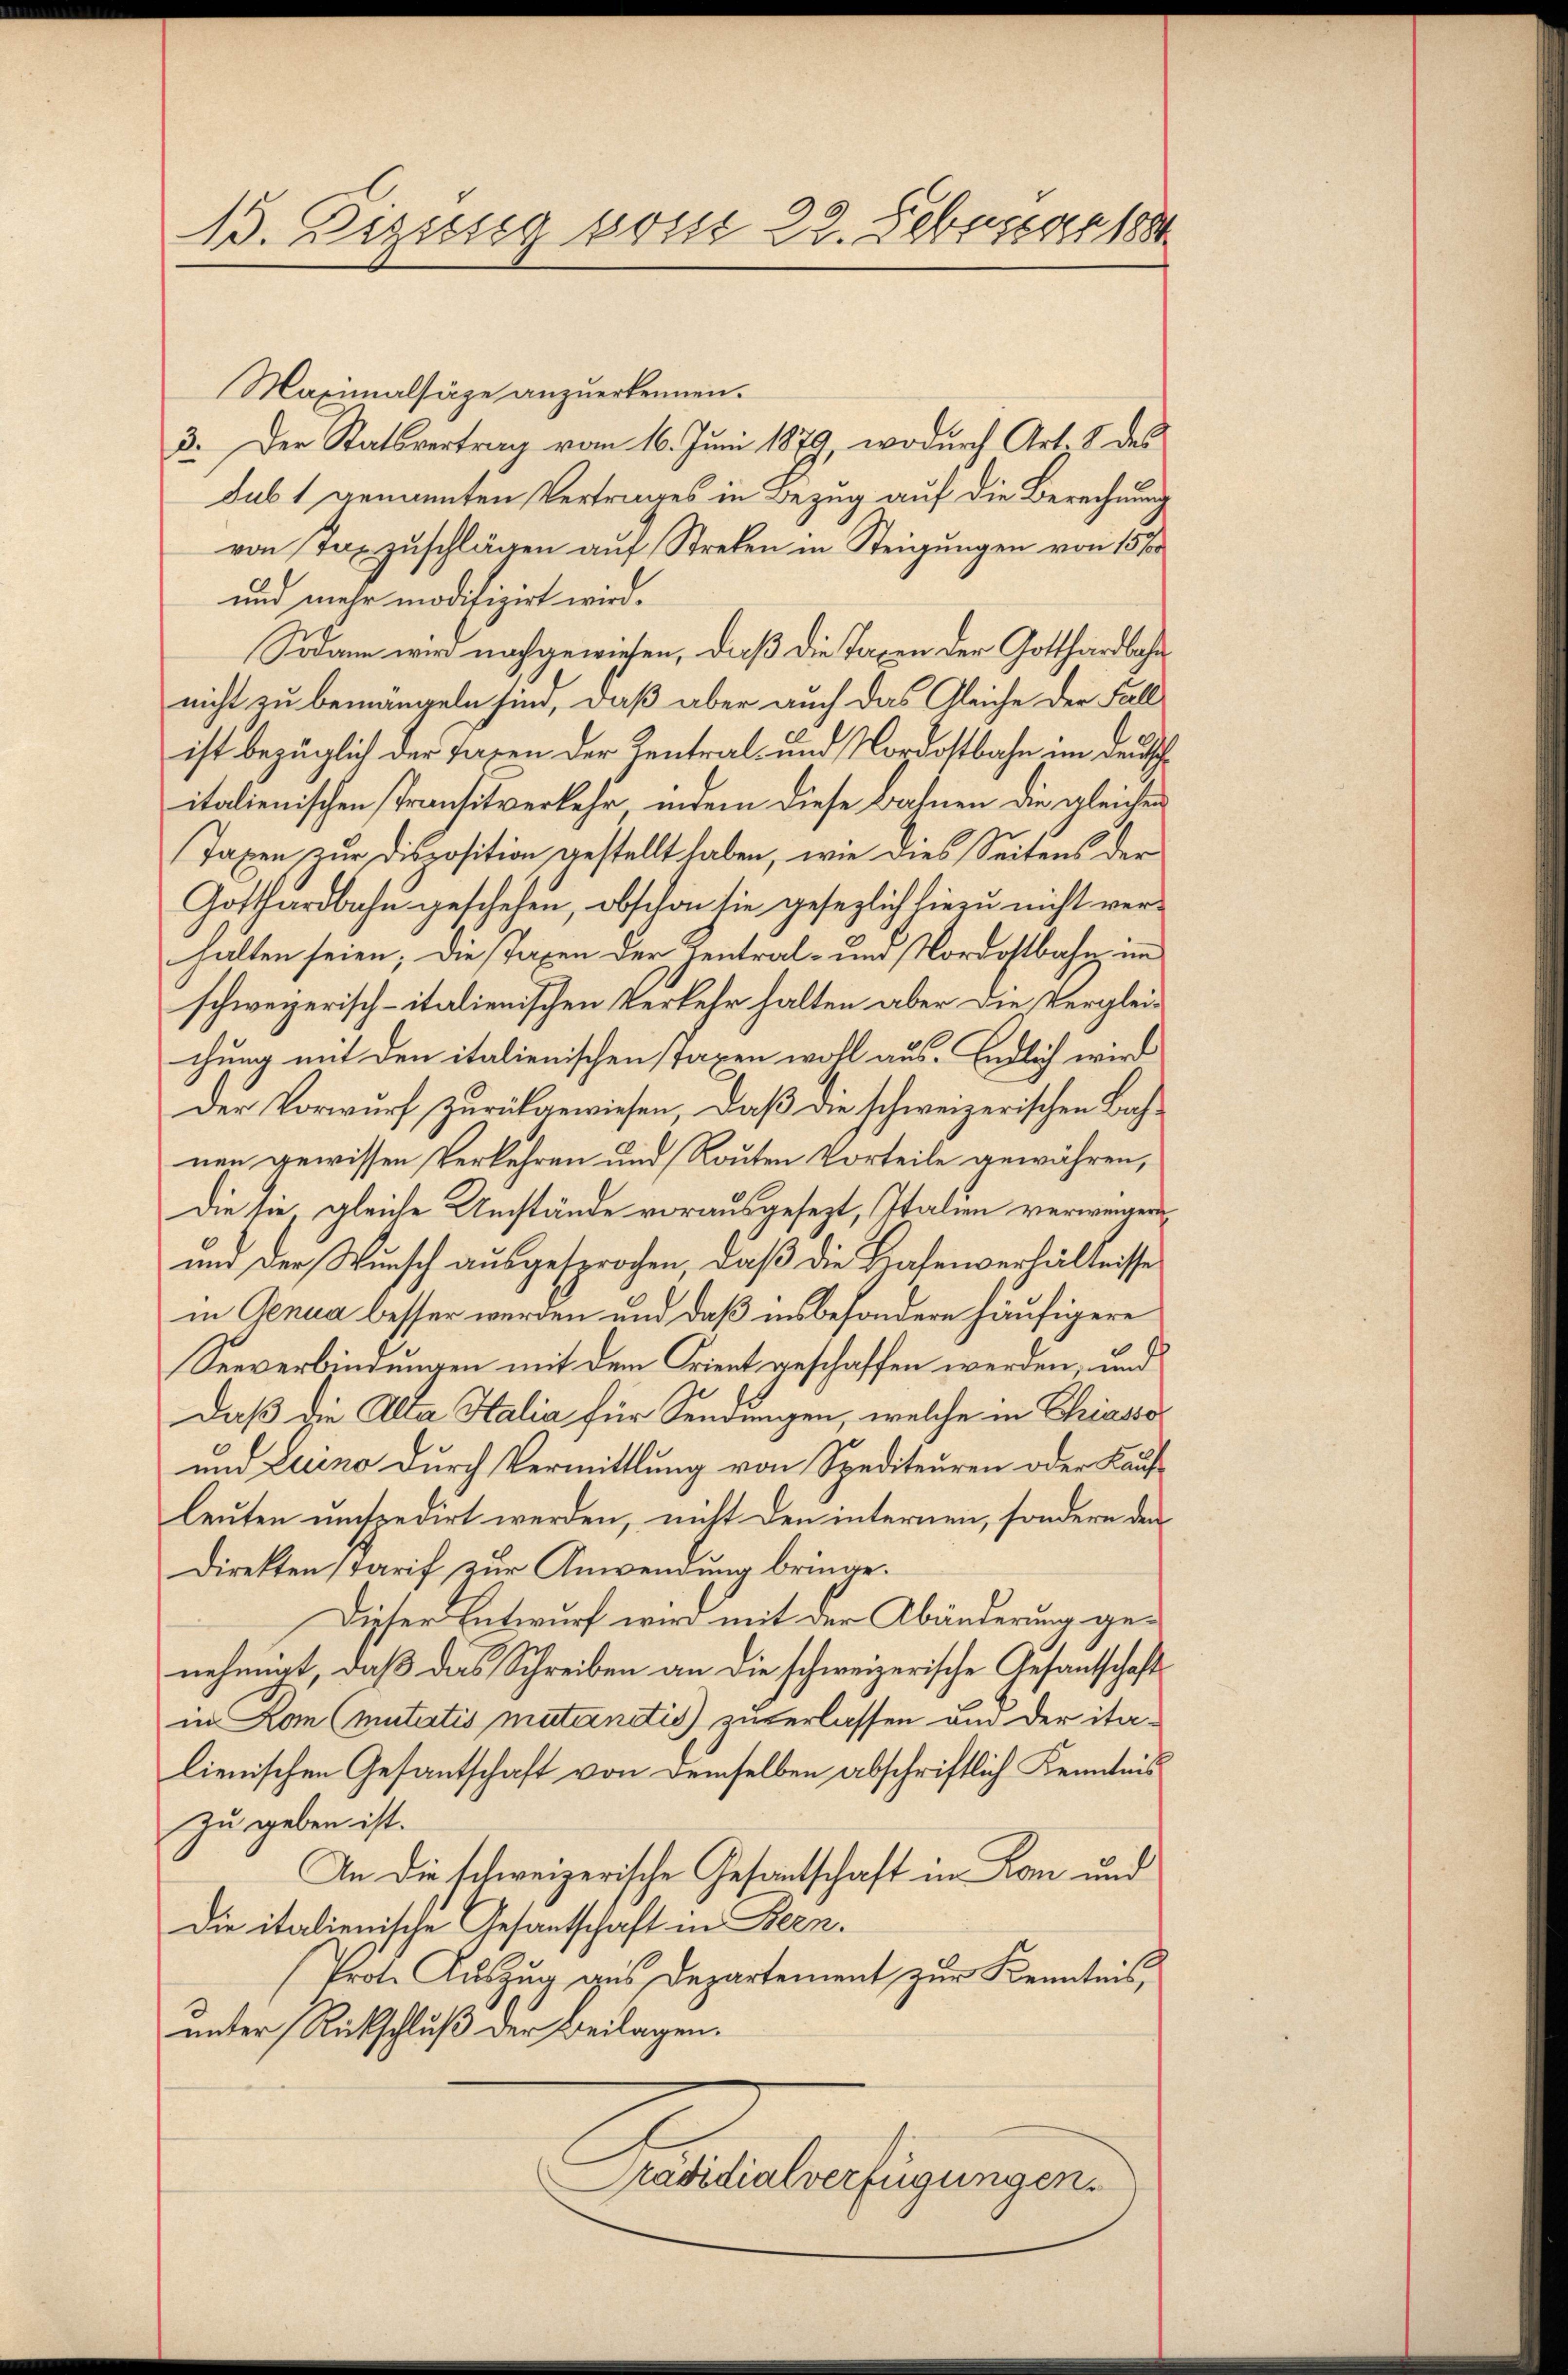
13. Beziesig sonst 22. Februar 188

Maximalsäze anzuerkennen.
3. Der Statsvertrag vom 16. Juni 1879, wodurch Art. 8 des
sub 1 genannten Vertrages in Bezug auf die Berechnung
von Taxzuschlägen auf Streken in Steigungen von 15 f
und mehr modifizirt wird.
Sodann wird nachgewiesen, daß die Taxen der Gotthardbahn
nicht zu bemangeln sind, daß aber auch das Gleiche der Fall
ist bezüglich der Taxen der Zentral- und Nordostbahn im Deutsch
italienischen Transitverkehr, indem diese Bahnen die gleichen
Taxen zur Disposition gestellt haben, wie dies Seitens der
Gotthardbahn geschehen, obschon sie gesezlich hiezu nicht ver-
halten seien; die Taxen der Kentral- und Nordostbahn imm
schweizerisch-italienischen Verkehr halten aber die Vergleichung mit den italienischen Taxen wohl aus. Endlich wird
Der Vorwurf zurückgewiesen, daß die schweizerischen Bahnen gewissen Verkehren und Routen Vorteile gewähren,
Die sie gleiche Umstände vorausgesezt, Italien verweigen
und der Wunsch ausgesprochen, daß die Hafenverhältnisse
in Genua besser werden und daß insbesondere häufigere
Seeverbindungen mit dem Frient geschaffen werden, und
Daß die Alta Halia für Sendungen, welche in Chiasso
und Luino durch Vermittlung von Spediteuren oder Kaufleuten umspedirt werden, nicht den internen, sondern den
Direkten Tarif zur Anwendung bringe.
Dieser Entwurf wird mit der Abänderung genehmigt, daß das Schreiben an die schweizerische Gesantschaft
in Lon (mutatis mutantis zuverlassen und der italienischen Gesantschaft von demselben abschriftlich Kenntnis
zu geben ist.
An die schweizerische Gesandtschaft in Rom und
Die italienische Gesantschaft in Bern.
Prote Auszug aus Departement zur Kenntnis,
unter Rückschluß der Beilagen.
Präsidialverfügungen.